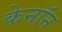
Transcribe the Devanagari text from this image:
केनॉन